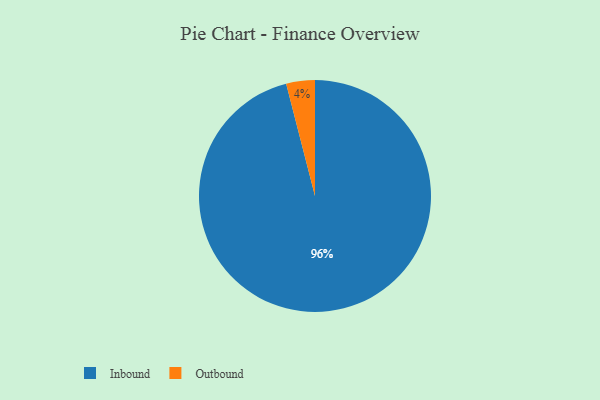
{"axis": {"x": "Category", "y": "Percentage"}, "legend": ["Inbound", "Outbound"], "data": [{"x": "Outbound", "y": 4, "type": "Outbound"}, {"x": "Inbound", "y": 96, "type": "Inbound"}]}